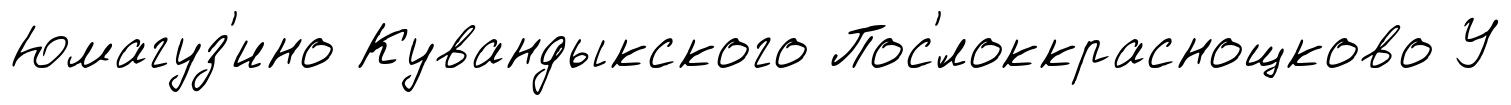
Юмагуз'ино Кувандыкского Пос'́локкраснощково У